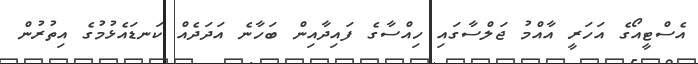
އެސްޓީއޯގެ އަހަރީ އާއްމު ޖަލްސާގައި ހިއްސާގެ ފައިދާއިން ބަހާނެ އަދަދެއް ކަނޑައެޅުމުގެ އިތުރުން